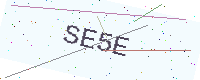
Text: SE5E